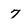
Character: 7